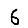
Digit: 6